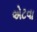
એટવા